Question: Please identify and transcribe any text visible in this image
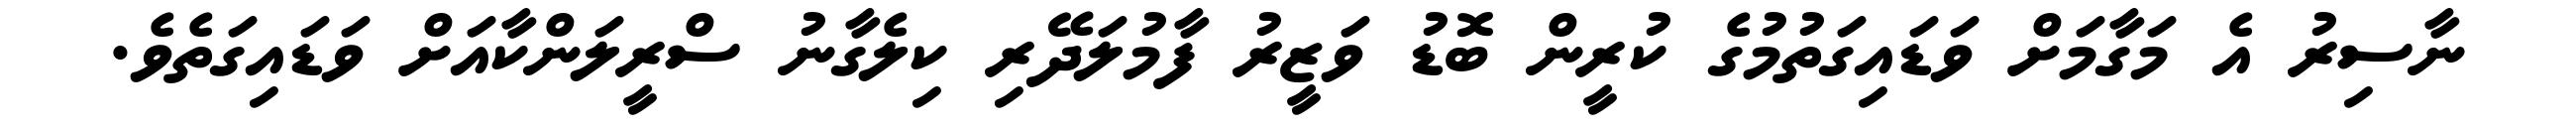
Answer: ނާސިރު އެ މަގާމަށް ވަޑައިގަތުމުގެ ކުރީން ބޮޑު ވަޒީރު ފާމުލަދޭރި ކިލެގާނު ސްރީލަންކާއަށް ވަޑައިގަތެވެ.